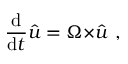
{ \frac { \mathrm { d } } { \mathrm { d } t } } { \hat { \boldsymbol { u } } } = { \boldsymbol { \Omega \times } } { \hat { \boldsymbol { u } } } \ ,